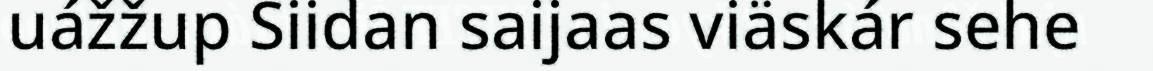
uážžup Siidan saijaas viäskár sehe